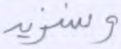
وسنزيد